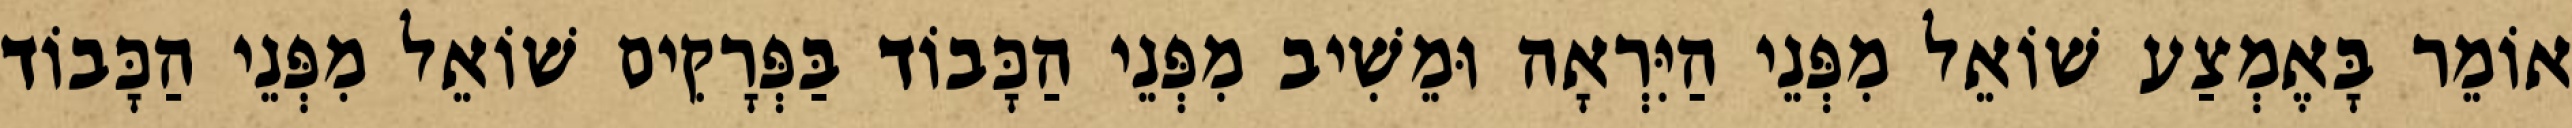
אוֹמֵר בָּאֶמְצַע שׁוֹאֵל מִפְּנֵי הַיִּרְאָה וּמֵשִׁיב מִפְּנֵי הַכָּבוֹד בַּפְּרָקִים שׁוֹאֵל מִפְּנֵי הַכָּבוֹד